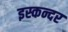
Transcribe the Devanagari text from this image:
इस्कन्दर